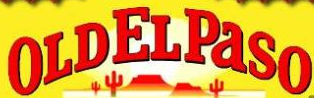

				OLDELPaSO